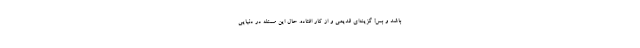
باشد و بس! گزینه‌ای قدیمی و از کار افتاده. حال این مسئله در دنیایی